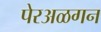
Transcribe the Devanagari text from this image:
पेरअळगन